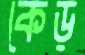
কেড়